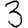
Digit: 3